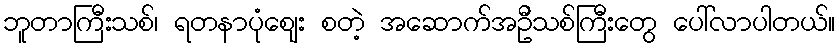
ဘူတာကြီးသစ်၊ ရတနာပုံဈေး စတဲ့ အဆောက်အဦသစ်ကြီးတွေ ပေါ်လာပါတယ်။